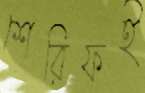
শেরিফই